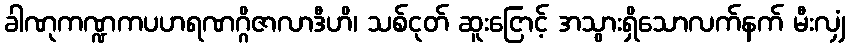
ခါဏုကဏ္ဍကပဟရဏဂ္ဂိဇာလာဒီဟိ၊ သစ်ငုတ် ဆူးငြောင့် အသွားရှိသောလက်နက် မီးလျှံ